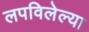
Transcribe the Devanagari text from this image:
लपविलेल्या